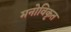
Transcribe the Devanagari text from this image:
मनोविकृत